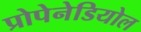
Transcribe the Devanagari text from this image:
प्रोपेनेडियोल